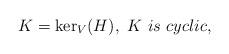
LaTeX: \begin{align*}K=\mathrm{ker}_V(H),~K~is~cyclic,\end{align*}